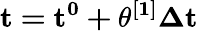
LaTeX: \mathbf{t=t^{0}+\theta^{[1]}\Delta t}